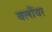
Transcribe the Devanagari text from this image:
बलींवर